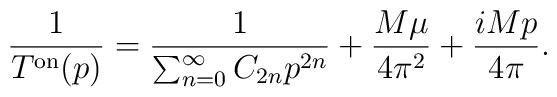
\frac{1}{T^{\rm{on}}(p)}=\frac{1}{\sum_{n=0}^\infty C_{2n} p^{2n}}+ \frac{M \mu}{4 \pi^2} + \frac{i M p}{4 \pi}.